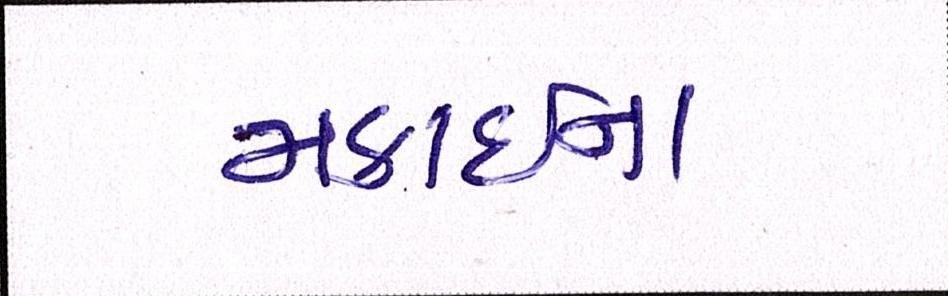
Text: મકાઈના